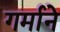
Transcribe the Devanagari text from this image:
गर्माने